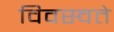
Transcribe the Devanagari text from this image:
विवस्वते